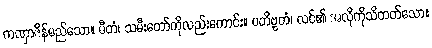
ကဏှာဇိန်မည်သော။ ဓီတံ၊ သမီးတော်ကိုလည်းကောင်း။ ပတိဗ္ဗတံ၊ လင်၏ အလိုကိုသိတတ်သော။